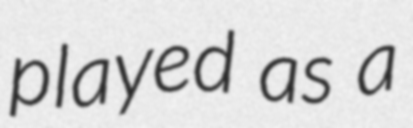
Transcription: played as a